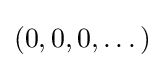
(0,0,0,\dots )